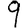
Digit: 9